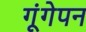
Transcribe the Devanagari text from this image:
गूंगेपन